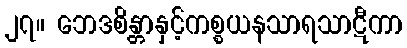
၂၇။ ဘေဒစိန္တာနှင့်ကစ္စယနသာရသာဋီကာ